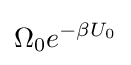
\Omega _{0}e^{-\beta U_{0}}